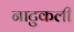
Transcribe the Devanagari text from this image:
नाटुकली